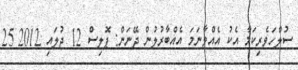
ސުލްހަވެރިކަމާ އެކު އެއްވާނަމަ އެއްބާރުލުން ދޭނަން: ޕޮލިސް 12 ޖުލައި 2012 25